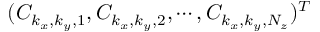
( C _ { k _ { x } , k _ { y } , 1 } ^ { } , C _ { k _ { x } , k _ { y } , 2 } ^ { } , \cdots , C _ { k _ { x } , k _ { y } , N _ { z } } ^ { } ) ^ { T }